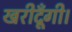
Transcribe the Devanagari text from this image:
खरीदूँगी।